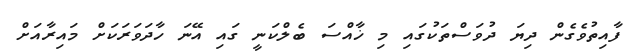
ފާއިތުވެގެން ދިޔަ ދުވަސްތަކުގައި މި ޚާއްސަ ބެލްކަނީ ގައި އޭނަ ހާދަވަރަކަށް މައިރާއަށް